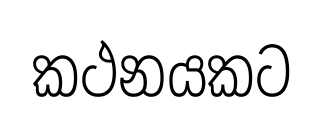
කථනයකට